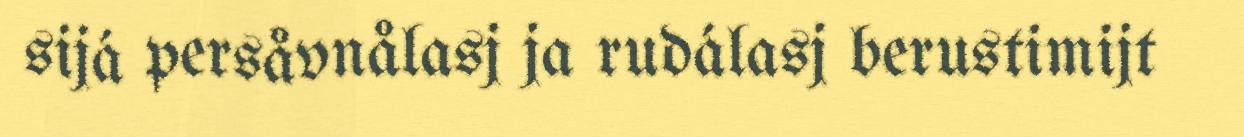
sijá persåvnålasj ja rudálasj berustimijt